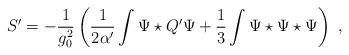
LaTeX: \begin{align*}S'=-\frac{1}{g_0^2}\left(\frac{1}{2\alpha'}\int \Psi \star Q'\Psi+\frac{1}{3}\int \Psi\star\Psi\star\Psi\right) \ ,\end{align*}